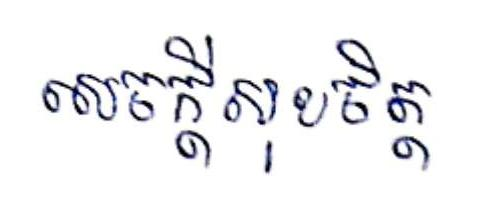
សេចក្ដីសុខចិត្ត